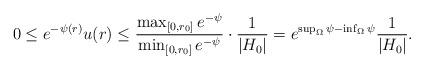
LaTeX: \begin{align*}0\leq e^{-\psi(r)}u(r) \leq\frac{\max_{\lbrack0,r_{0}]}e^{-\psi}}{\min_{[0,r_{0}]}e^{-\psi}}\cdot\frac{1}{|H_0|}=e^{\sup_\Omega \psi-\inf_\Omega\psi}\frac{1}{|H_0|}.\end{align*}